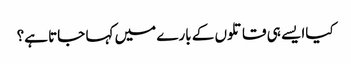
کیاا یسے ہی قاتلوں کے بارے میں کہا جاتا ہے؟